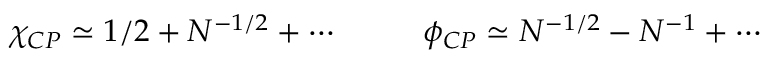
\chi _ { C P } \simeq 1 / 2 + N ^ { - 1 / 2 } + \cdots ~ ~ ~ ~ ~ ~ ~ ~ \phi _ { C P } \simeq N ^ { - 1 / 2 } - N ^ { - 1 } + \cdots